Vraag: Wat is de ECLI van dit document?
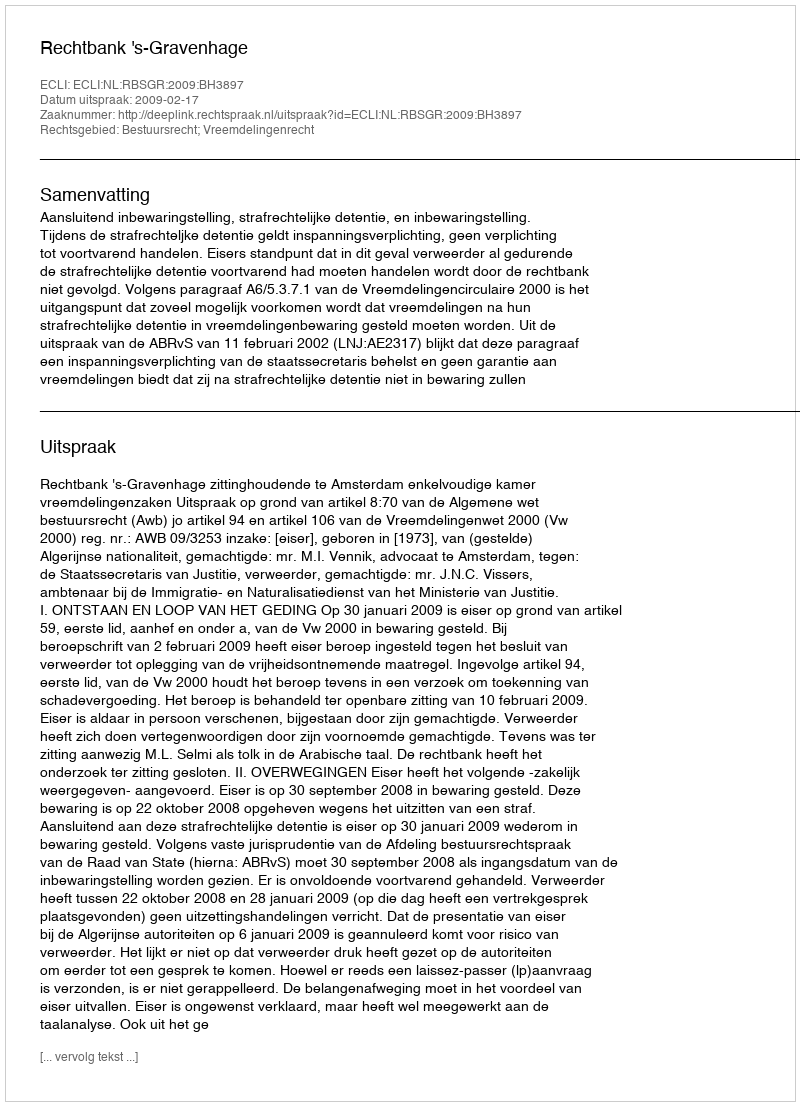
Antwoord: ECLI:NL:RBSGR:2009:BH3897